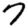
Digit: 7